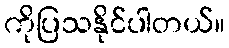
ကိုပြသနိုင်ပါတယ်။